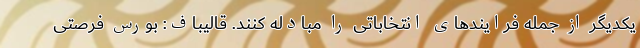
یکدیگر از جمله فرایندهای انتخاباتی را مبادله کنند. قالیباف: بورس فرصتی